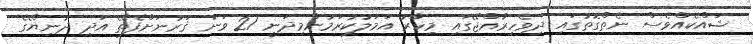
ޝައްކެއްވެސް ނެތްގޮތުގައި ދިވެހިރާއްޖޭގައި މިހާރު އަމަލުކުރަމުންމިދަނީ 21 ވަނަ ޤަރުނަށްފެތޭ އަދި ދުނިޔޭގެ